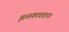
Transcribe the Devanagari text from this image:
झळकावताना